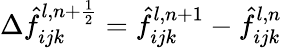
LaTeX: \Delta\hat{f}_{ijk}^{l,n+\frac{1}{2}}=\hat{f}_{ijk}^{l,n+1}-\hat{f}_{ijk}^{l,n}